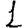
Digit: 1